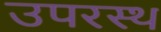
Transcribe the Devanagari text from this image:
उपरस्थ